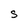
Character: S